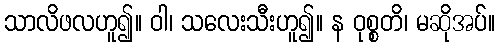
သာလိဖလဟူ၍။ ဝါ၊ သလေးသီးဟူ၍။ န ဝုစ္စတိ၊ မဆိုအပ်။